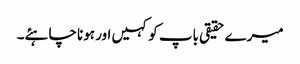
میرے حقیقی باپ کو کہیں اور ہونا چاہئے۔